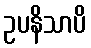
ဥပနိသာပိ